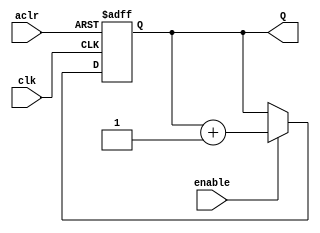
module counter_N_bits
	#(parameter N=16)
	(input clk,aclr,enable,
	output reg [N-1:0] Q);
	
	always @(posedge clk, negedge aclr)
	if (!aclr) Q <= {N{1'b0}};
	else if (enable) Q <= Q + 1'b1;
	else Q <= Q;
	
endmodule